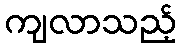
ကျလာသည့်